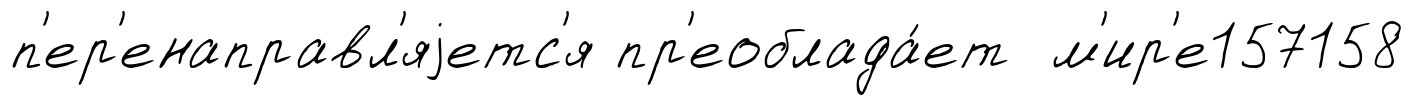
п'ер'енаправл'яjетс'я пр'еоблада́ет м'ир'е157158